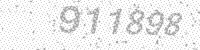
Solution: 911898